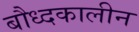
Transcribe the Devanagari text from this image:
बौध्दकालीन